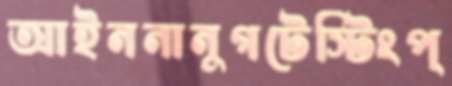
আইননানুগটেস্টিংপ্